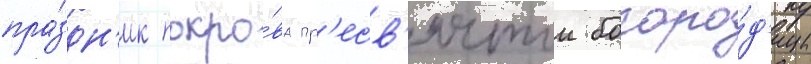
пра́здн'ик покро́ва пр'есв'ятои богоро́д'ицы